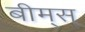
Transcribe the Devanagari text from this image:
बीम्‌स्